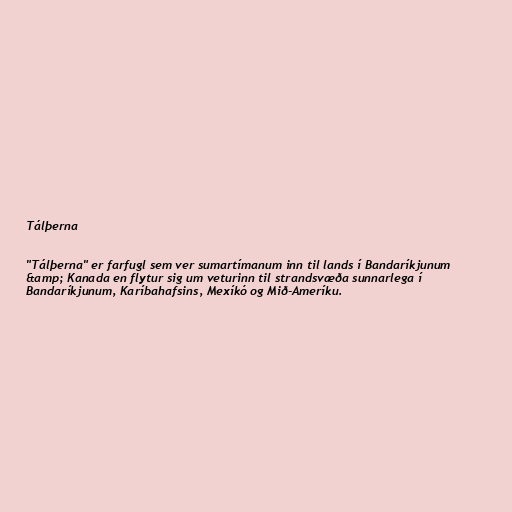
Tálþerna

"Tálþerna" er farfugl sem ver sumartímanum inn til lands í Bandaríkjunum
&amp; Kanada en flytur sig um veturinn til strandsvæða sunnarlega í
Bandaríkjunum, Karíbahafsins, Mexíkó og Mið-Ameríku.